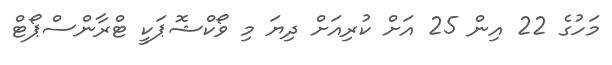
މަހުގެ 22 އިން 25 އަށް ކުރިއަށް ދިޔަ މި ވޯކްޝޮޕަކީ ޓްރާންސްޕޯޓް